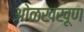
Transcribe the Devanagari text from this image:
ओळखखूण